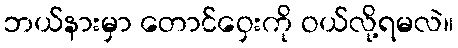
ဘယ်နားမှာ တောင်ဝှေးကို ဝယ်လို့ရမလဲ။